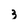
Character: 3